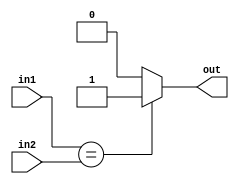
`timescale 1ns / 1ps
////////////////////////////////////////////////////////////////////////////////
// ECE369 - Computer Architecture
// 
// Module - Comp32.v
// Description - 32 Bit Comparator.
////////////////////////////////////////////////////////////////////////////////

module Comp32(in1, in2, out);
    input [31:0] in1, in2;
    output reg out;
    
    always@(in1, in2) begin
        if(in1 == in2)
            out <= 1;
        else
            out <= 0;
    end
endmodule